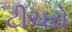
ટીચરો